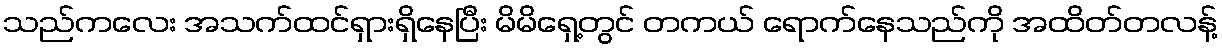
သည်ကလေး အသက်ထင်ရှားရှိနေပြီး မိမိရှေ့တွင် တကယ် ရောက်နေသည်ကို အထိတ်တလန့်